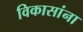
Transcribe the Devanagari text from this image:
विकासांना